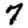
Digit: 7